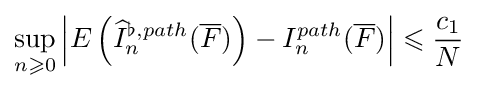
\sup _{n\geqslant 0}{\left\vert E\left({\widehat {I}}_{n}^{\flat ,path}({\overline {F}})\right)-I_{n}^{path}({\overline {F}})\right\vert }\leqslant {\frac {c_{1}}{N}}